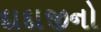
દાદાજીનો